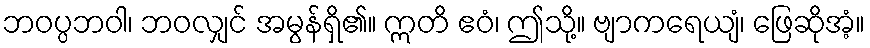
ဘဝပ္ပဘဝါ၊ ဘဝလျှင် အမွန်ရှိ၏။ ဣတိ ဧဝံ၊ ဤသို့။ ဗျာကရေယျံ၊ ဖြေဆိုအံ့။